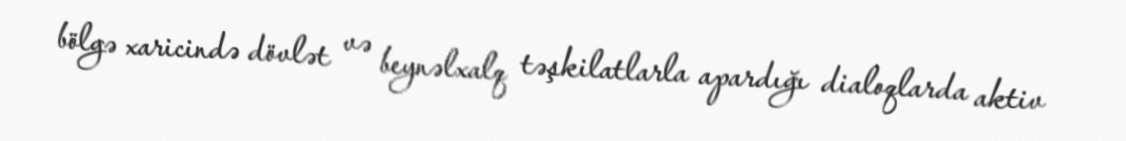
bölgə xaricində dövlət və beynəlxalq təşkilatlarla apardığı dialoqlarda aktiv